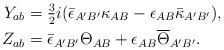
LaTeX: \begin{align*}Y_{ab}={}&\tfrac{3}{2}i (\bar\epsilon_{A'B'} \kappa_{AB} - \epsilon_{AB} \bar{\kappa}_{A'B'}) ,\\Z_{ab}={}&\bar\epsilon_{A'B'} \Theta_{AB} + \epsilon_{AB} \overline{\Theta}_{A'B'} .\end{align*}